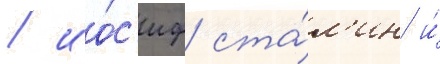
/ ио́с'иф ста́л'ин и́